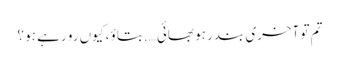
تم تو آخری بندر ہو بھائی ….بتاؤ ، کیوں رو رہے ہو ؟